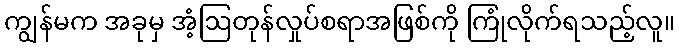
ကျွန်မက အခုမှ အံ့ဩတုန်လှုပ်စရာအဖြစ်ကို ကြုံလိုက်ရသည့်လူ။